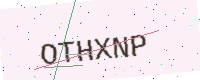
Text: OTHXNP